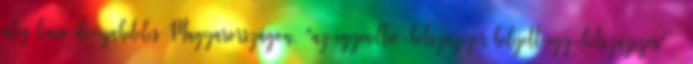
alig lenne devizahiteles Magyarországon, "az egymillió-kétszázezer helyett egy-kétszázezer" –